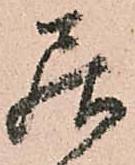
居